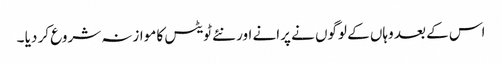
اس کے بعد وہاں کے لوگوں نے پرانے اور نئے ٹویٹس کا موازنہ شروع کر دیا ۔